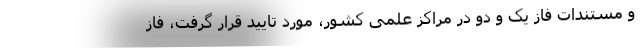
و مستندات فاز یک و دو در مراکز علمی کشور، مورد تایید قرار گرفت، فاز